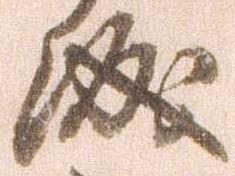
城